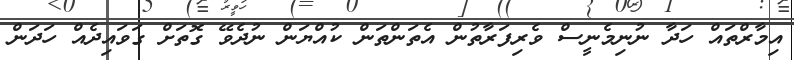
އިމާރްތައް ހަދާ ނުނިމެނީސް ވެރިފަރާތުން އެތަންތަން ކުއްޔަން ނުދެވޭ ގޮތަށް ގަވައިދެއް ހަދަން